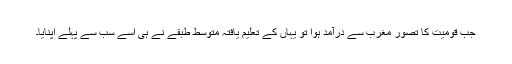
جب قومیت کا تصور مغرب سے درآمد ہوا تو یہاں کے تعلیم یافتہ متوسط طبقے نے ہی اسے سب سے پہلے اپنایا۔